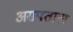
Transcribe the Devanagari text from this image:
असपताल